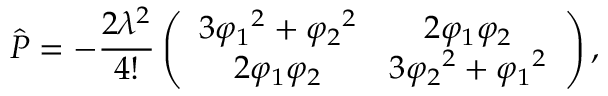
\hat { P } = - \frac { 2 \lambda ^ { 2 } } { 4 ! } \left( \begin{array} { c c } { { 3 { \varphi _ { 1 } } ^ { 2 } + { \varphi _ { 2 } } ^ { 2 } } } & { { 2 { \varphi _ { 1 } } { \varphi _ { 2 } } } } \\ { { 2 { \varphi _ { 1 } } { \varphi _ { 2 } } } } & { { 3 { \varphi _ { 2 } } ^ { 2 } + { \varphi _ { 1 } } ^ { 2 } } } \end{array} \right) ,